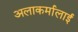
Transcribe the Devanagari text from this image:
अलाकर्मालाई